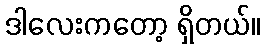
ဒါလေးကတော့ ရှိတယ်။